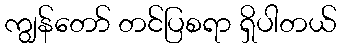
ကျွန်တော် တင်ပြစရာ ရှိပါတယ်